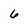
Character: 6